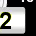
Digit: 2